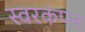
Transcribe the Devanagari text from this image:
स्वरकंपन